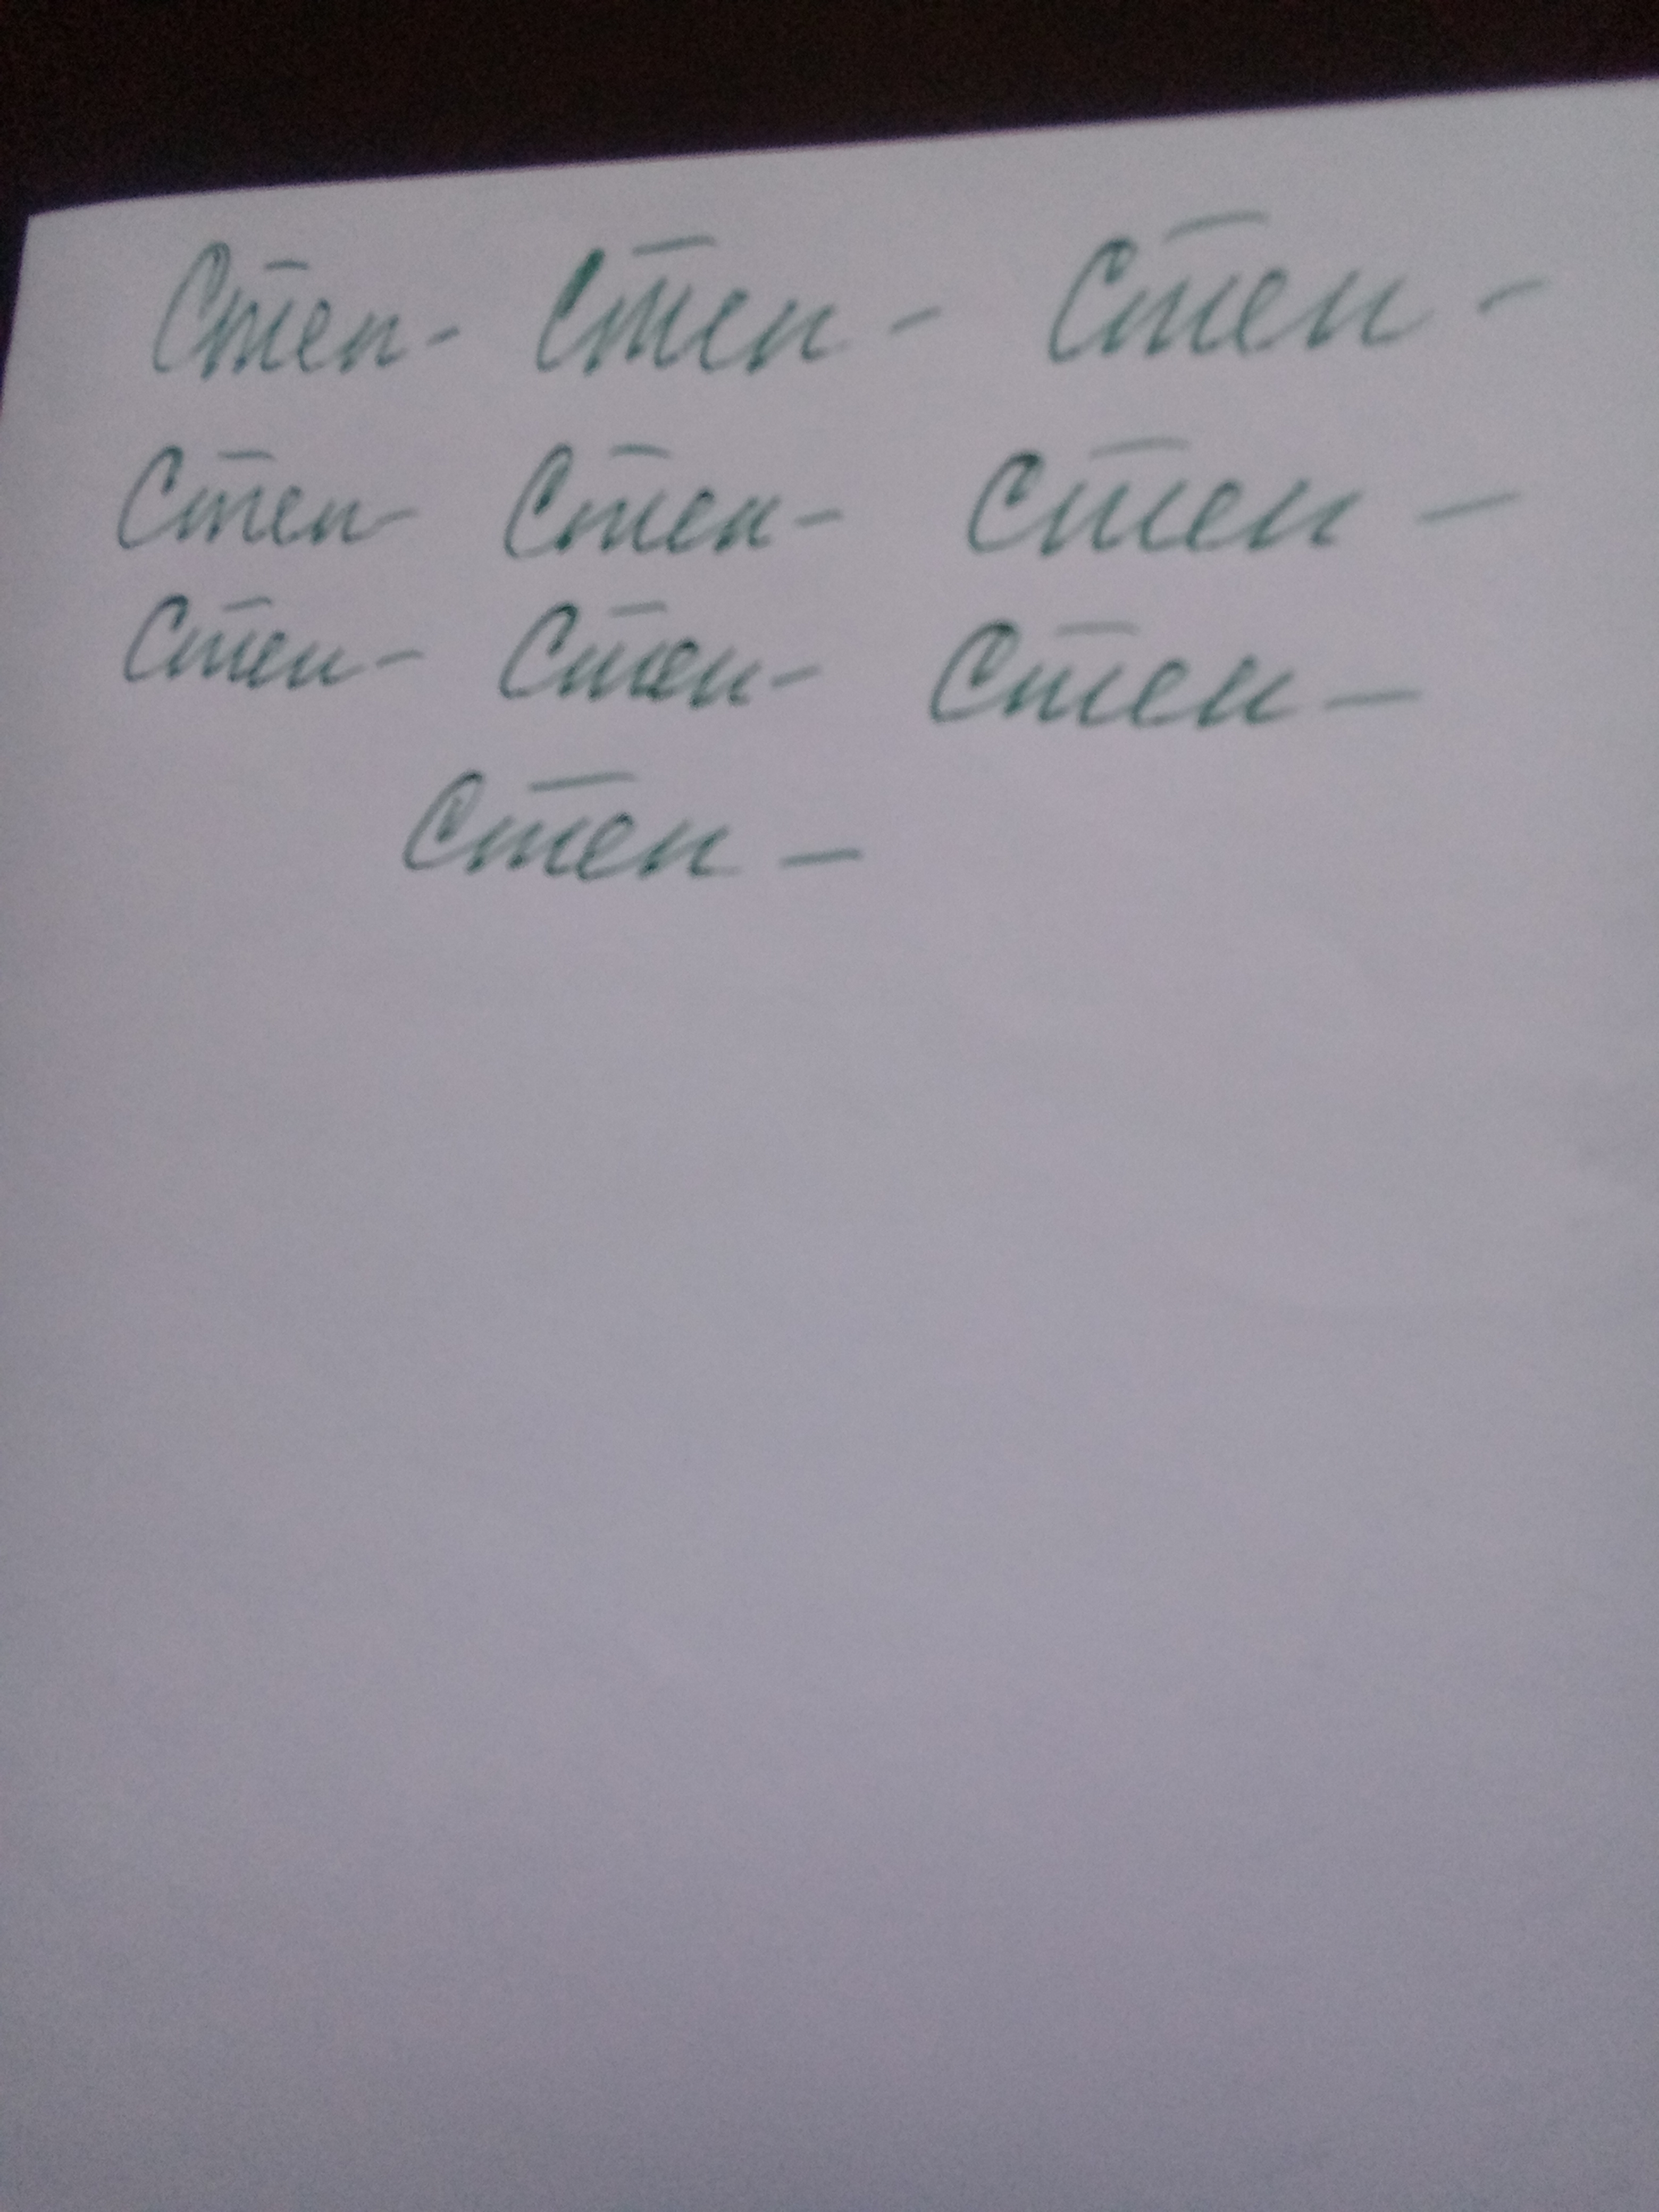
Signature authenticity: forged